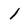
Character: 1